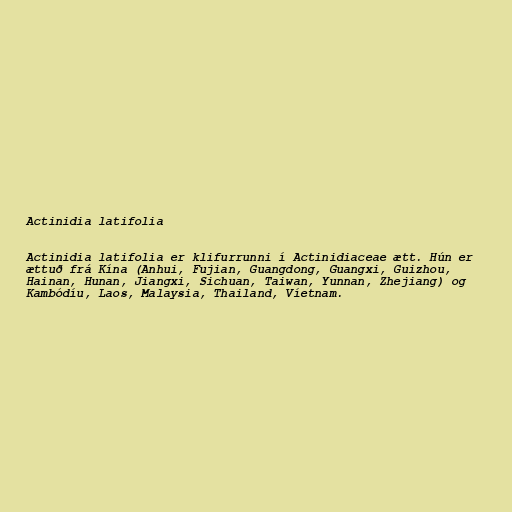
Actinidia latifolia

Actinidia latifolia er klifurrunni í Actinidiaceae ætt. Hún er
ættuð frá Kína (Anhui, Fujian, Guangdong, Guangxi, Guizhou,
Hainan, Hunan, Jiangxi, Sichuan, Taiwan, Yunnan, Zhejiang) og
Kambódíu, Laos, Malaysia, Thailand, Víetnam.